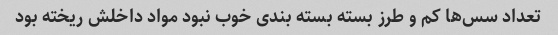
تعداد سس‌ها کم و طرز بسته بسته بندی خوب نبود مواد داخلش ریخته بود